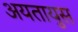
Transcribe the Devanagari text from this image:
अयतायुस